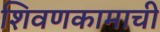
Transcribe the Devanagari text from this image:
शिवणकामाची